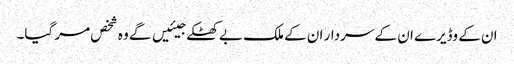
ان کے وڈیرے ان کے سردار ان کے ملک بے کھٹکے جیئیں گے وہ شخص مر گیا۔